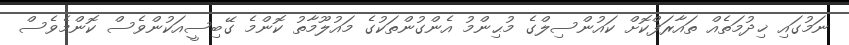
ނަމުގައި ޚިދުމަތެއް ތައާރަފްކޮށް ކައުންސިލްގެ މުޙިންމު އެންގުންތަކުގެ މައުލޫމާތު ކޮންމެ ގޭބިސީއަކުންވެސް ކޮންމެވެސް